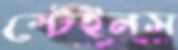
স্টেইনস